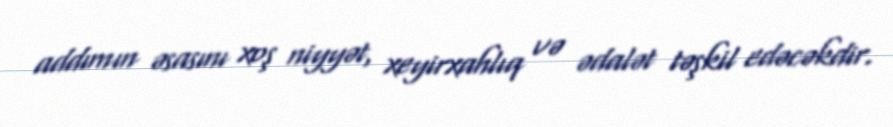
addımın əsasını xoş niyyət, xeyirxahlıq və ədalət təşkil edəcəkdir.